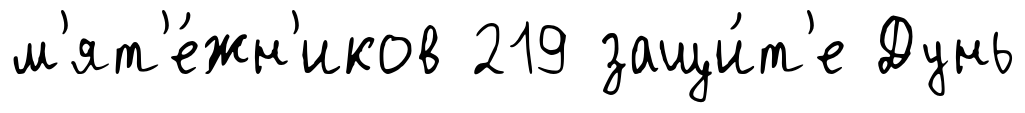
м'ят'е́жн'иков 219 защи́т'е Дунь